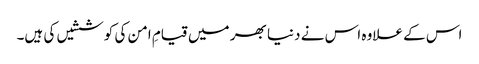
اس کے علاوہ اس نے دنیا بھر میں قیامِ امن کی کوششیں کی ہیں۔